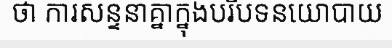
ថា ការសន្ទនាគ្នាក្នុងបរិបទនយោបាយ